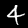
Label: 4